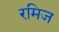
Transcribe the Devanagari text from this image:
रमिज